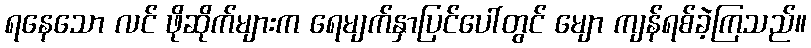
ရနေသော လင် ဖိုဆိုက်များက ရေမျက်နှာပြင်ပေါ်တွင် မျော ကျန်ရစ်ခဲ့ကြသည်။